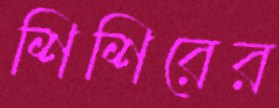
শিশিরের